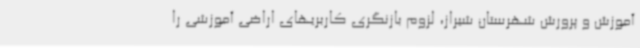
آموزش و پرورش شهرستان شیراز، لزوم بازنگری کاربریهای اراضی آموزشی را